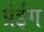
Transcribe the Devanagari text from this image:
प्रेईंग